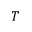
T